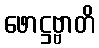
ဖောဋ္ဌဗ္ဗာတိ